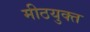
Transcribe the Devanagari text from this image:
मीठयुक्त